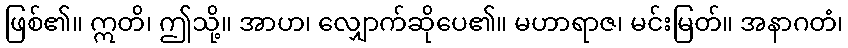
ဖြစ်၏။ ဣတိ၊ ဤသို့။ အာဟ၊ လျှောက်ဆိုပေ၏။ မဟာရာဇ၊ မင်းမြတ်။ အနာဂတံ၊